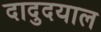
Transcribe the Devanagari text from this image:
दादुदयाल